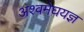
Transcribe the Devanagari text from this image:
अश्वमेघयज्ञ